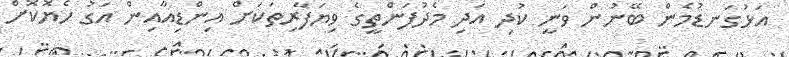
އަޅުގަނޑުމެން ބޭނުން ވަނީ ކުދި އަދި މެދުފަންތީގެ ވިޔަފާރިތަކަށް އިންޑިއާއިން އަގު ހެޔޮކޮށް